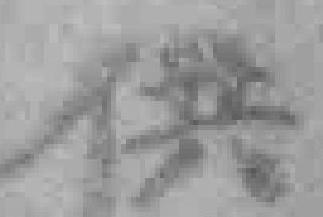
供